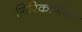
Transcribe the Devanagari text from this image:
गिरिकर्णिका